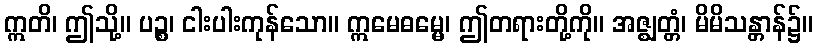
ဣတိ၊ ဤသို့။ ပဉ္စ၊ ငါးပါးကုန်သော။ ဣမေဓမ္မေ၊ ဤတရားတို့ကို။ အဇ္ဈတ္တံ၊ မိမိသန္တာန်၌။